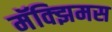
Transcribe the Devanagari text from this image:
मॅक्झिमस